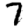
Digit: 7